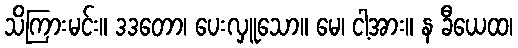
သိကြားမင်း။ ဒဒတော၊ ပေးလှူသော။ မေ၊ ငါ့အား။ န ခီယေထ၊